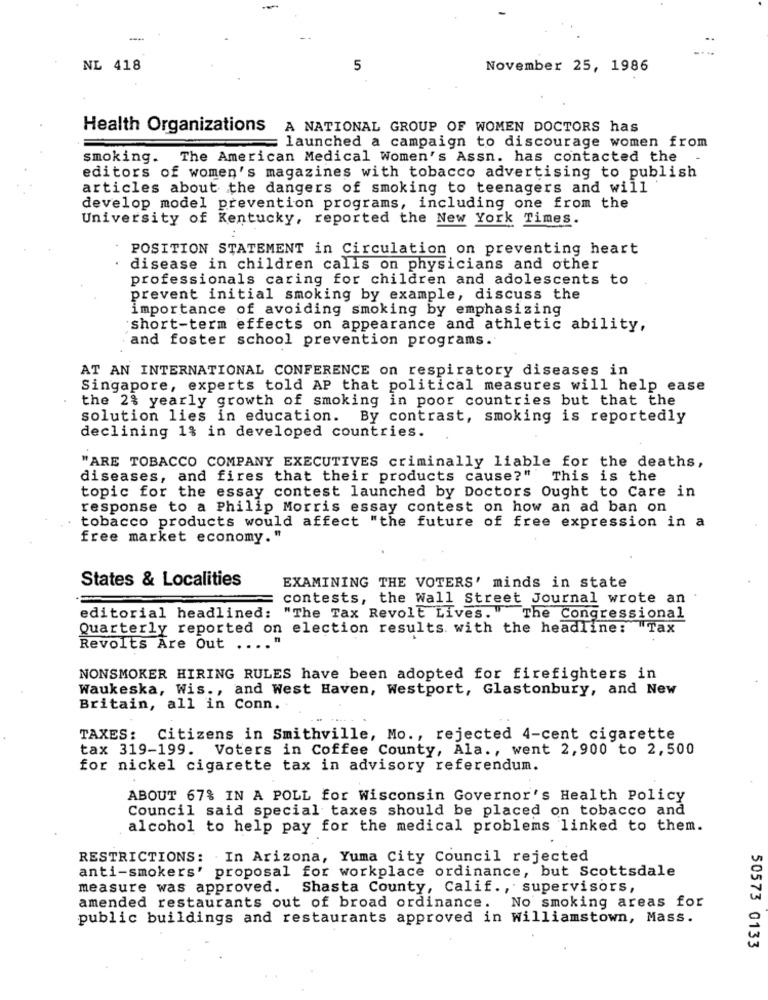
--
NL 418
5
November 25, 1986
Health Organizations
A NATIONAL GROUP OF WOMEN DOCTORS has
launched a campaign to discourage women from
smoking. The American Medical Women's Assn. has contacted the
editors of women's magazines with tobacco advertising to publish
articles about the dangers of smoking to teenagers and will
develop model prevention programs, including one from the
University of Kentucky, reported the New York Times.
. POSITION STATEMENT in Circulation on preventing heart
disease in children calls on physicians and other
professionals caring for children and adolescents to
prevent initial smoking by example, discuss the
importance of avoiding smoking by emphasizing
short-term effects on appearance and athletic ability,
and foster school prevention programs.
AT AN INTERNATIONAL CONFERENCE on respiratory diseases in
Singapore, experts told AP that political measures will help ease
the 2% yearly growth of smoking in poor countries but that the
solution lies in education. By contrast, smoking is reportedly
declining 1% in developed countries.
"ARE TOBACCO COMPANY EXECUTIVES criminally liable for the deaths,
diseases, and fires that their products cause?"
This is the
topic for the essay contest launched by Doctors Ought to Care in
response to a Philip Morris essay contest on how an ad ban on
tobacco products would affect "the future of free expression in a
free market economy."
States & Localities
EXAMINING THE VOTERS' minds in state
contests, the Wall Street Journal wrote an
editorial headlined: "The Tax Revolt Lives. The Congressional
Quarterly reported on election results with the headline: "Tax
Revolts Are Out .... "
NONSMOKER HIRING RULES have been adopted for firefighters in
Waukeska, Wis ., and West Haven, Westport, Glastonbury, and New
Britain, all in Conn.
TAXES: Citizens in Smithville, Mo ., rejected 4-cent cigarette
tax 319-199. Voters in Coffee County, Ala ., went 2,900 to 2,500
for nickel cigarette tax in advisory referendum.
ABOUT 67% IN A POLL for Wisconsin Governor's Health Policy
Council said special taxes should be placed on tobacco and
alcohol to help pay for the medical problems linked to them.
RESTRICTIONS: In Arizona, Yuma City Council rejected
anti-smokers' proposal for workplace ordinance, but Scottsdale
measure was approved. Shasta County, Calif ., supervisors,
amended restaurants out of broad ordinance. No smoking areas for
public buildings and restaurants approved in Williamstown, Mass.
50573 0133